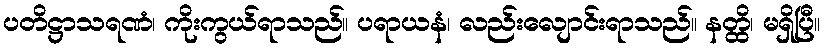
ပတိဋ္ဌာသရဏံ၊ ကိုးကွယ်ရာသည်။ ပရာယနံ၊ လည်းလျောင်းရာသည်။ နတ္ထိ၊ မရှိပြီ။